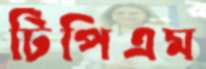
টিপিএম